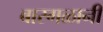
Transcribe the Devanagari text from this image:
बारगळानी